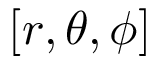
[ r , \theta , \phi ]